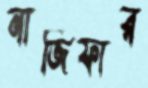
নাজিফার